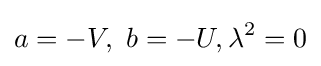
a=-V,\ b=-U,\lambda ^{2}=0